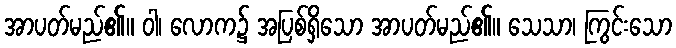
အာပတ်မည်၏။ ဝါ၊ လောက၌ အပြစ်ရှိသော အာပတ်မည်၏။ သေသာ၊ ကြွင်းသော